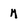
Character: m